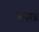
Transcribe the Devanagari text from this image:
आपणया